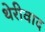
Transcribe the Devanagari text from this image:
थेरीवाद